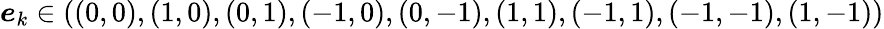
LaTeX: \boldsymbol{e}_{k}\in\left((0,0),(1,0),(0,1),(-1,0),(0,-1),(1,1),(-1,1),(-1,-1),(1,-1)\right)